Lunatic asylums Punjab 1868-1880 - 1868-1880
Year: 1868
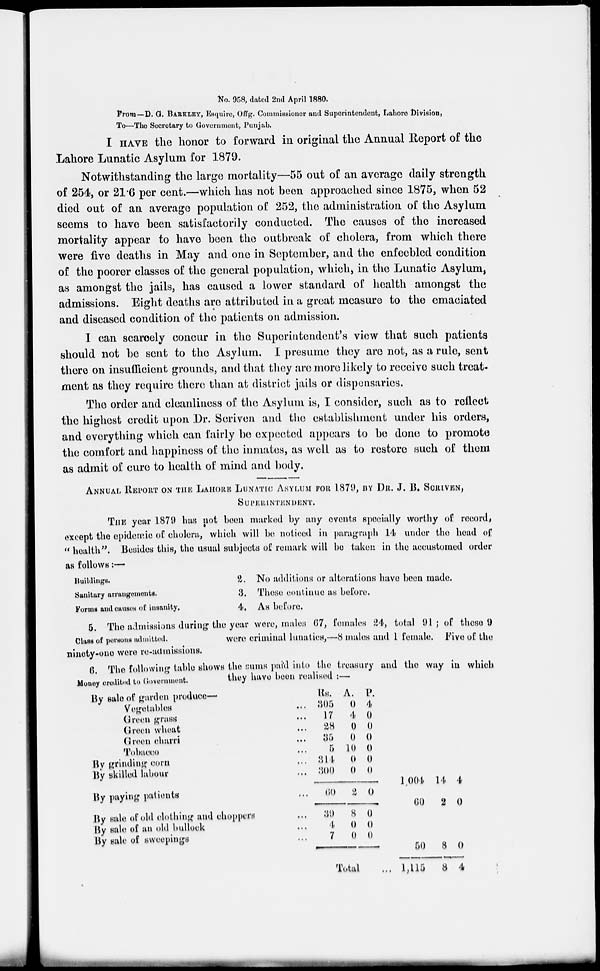
No. 958, dated 2nd April 1880.
From—D. G. BARKLEY, Esquire, Offg. Commissioner and Superintendent, Lahore Division,
To—The Secretary to Government, Punjab.
I have the honor to forward in original the Annual Report of the
Lahore Lunatic Asylum for 1879.
Notwithstanding the large mortality—55 out of an average daily strength
of 254, or 21.6 per cent.—which has not been approached since 1875, when 52
died out of an average population of 252, the administration of the Asylum
seems to have been satisfactorily conducted. The causes of the increased
mortality appear to have been the outbreak of cholera, from which there
were five deaths in May and one in September, and the enfeebled condition
of the poorer classes of the general population, which, in the Lunatic Asylum,
as amongst the jails, has caused a lower standard of health amongst the
admissions. Eight deaths are attributed in a great measure to the emaciated
and diseased condition of the patients on admission.
I can scarcely concur in the Superintendent's view that such patients
should not be sent to the Asylum. I presume they are not, as a rule, sent
there on insufficient grounds, and that they are more likely to receive such treat-
ment as they require there than at district jails or dispensaries.
The order and cleanliness of the Asylum is, I consider, such as to reflect
the highest credit upon Dr. Seriven and the establishment under his orders,
and everything which can fairly be expected appears to be done to promote
the comfort and happiness of the inmates, as well as to restore such of them
as admit of cure to health of mind and body.
ANNUAL REPORT ON THE LAHORE LUNATIC ASYLUM FOR 1879, BY DR. J. B. SCRIVEN,
SUPERINTENDENT.
THE year 1879 has not been marked by any events specially worthy of record,
except the epidemic of cholera, which will be noticed in paragraph 14 under the head of
" health". Besides this, the usual subjects of remark will be taken in the accustomed order
as follows:—
Buildings.
Sanitary arrangements.
Forms and causes of insanity.
2.
3.
4.
No additions or alterations have been made.
These continue as before.
As before.
Class of persons admitted.
5. The admissions during the year were, males 67, females 24, total 91 ; of these 9
were criminal lunatics,—8 males and 1 female. Five of the
ninety-one were re-admissions.
6. The following table shows the sums paid into the treasury and the way in which
they have been realised :—
Money credited to Government.
By sale of garden produce-
Vegetables ...
Green grass ...
Green wheat ...
Green charri ...
Tobacco ...
By grinding corn ...
By skilled labour ...
By paying patients ...
By sale of old clothing and choppers ...
By sale of an old bullock ...
By sale of sweepings ...
Rs.
305
17
28
35
5
314
300
60
39
4
7
A.
0
4
0
0
10
0
0
2
8
0
0
P.
4
0
0
0
0
0
0
0
0
0
0
Total ...
1,004
60
50
1,115
14
2
8
8
4
0
0
4